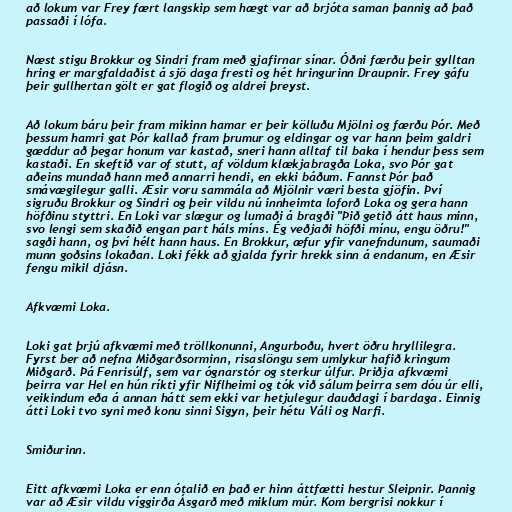
að lokum var Frey fært langskip sem hægt var að brjóta saman þannig að það
passaði í lófa.

Næst stigu Brokkur og Sindri fram með gjafirnar sínar. Óðni færðu þeir gylltan
hring er margfaldaðist á sjö daga fresti og hét hringurinn Draupnir. Frey gáfu
þeir gullhertan gölt er gat flogið og aldrei þreyst.

Að lokum báru þeir fram mikinn hamar er þeir kölluðu Mjölni og færðu Þór. Með
þessum hamri gat Þór kallað fram þrumur og eldingar og var hann þeim galdri
gæddur að þegar honum var kastað, sneri hann alltaf til baka í hendur þess sem
kastaði. En skeftið var of stutt, af völdum klækjabragða Loka, svo Þór gat
aðeins mundað hann með annarri hendi, en ekki báðum. Fannst Þór það
smávægilegur galli. Æsir voru sammála að Mjölnir væri besta gjöfin. Því
sigruðu Brokkur og Sindri og þeir vildu nú innheimta loforð Loka og gera hann
höfðinu styttri. En Loki var slægur og lumaði á bragði "Þið getið átt haus minn,
svo lengi sem skaðið engan part háls míns. Ég veðjaði höfði mínu, engu öðru!"
sagði hann, og því hélt hann haus. En Brokkur, æfur yfir vanefndunum, saumaði
munn goðsins lokaðan. Loki fékk að gjalda fyrir hrekk sinn á endanum, en Æsir
fengu mikil djásn.

Afkvæmi Loka.

Loki gat þrjú afkvæmi með tröllkonunni, Angurboðu, hvert öðru hryllilegra.
Fyrst ber að nefna Miðgarðsorminn, risaslöngu sem umlykur hafið kringum
Miðgarð. Þá Fenrisúlf, sem var ógnarstór og sterkur úlfur. Þriðja afkvæmi
þeirra var Hel en hún ríkti yfir Niflheimi og tók við sálum þeirra sem dóu úr elli,
veikindum eða á annan hátt sem ekki var hetjulegur dauðdagi í bardaga. Einnig
átti Loki tvo syni með konu sinni Sigyn, þeir hétu Váli og Narfi.

Smiðurinn.

Eitt afkvæmi Loka er enn ótalið en það er hinn áttfætti hestur Sleipnir. Þannig
var að Æsir vildu víggirða Ásgarð með miklum múr. Kom bergrisi nokkur í